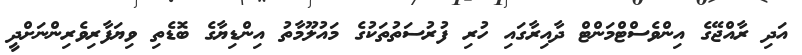
އަދި ރާއްޖޭގެ އިންވެސްޓްމަންޓް ދާއިރާގައި ހުރި ފުރުސަތުތަކުގެ މައުލޫމާތު އިންޑިޔާގެ ބޮޑެތި ވިޔަފާރިވެރިންނަށްދީ